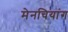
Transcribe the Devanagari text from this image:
मेनचियांग